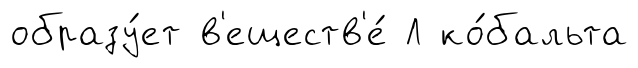
образу́ет в'еществ'е́ Л ко́бальта